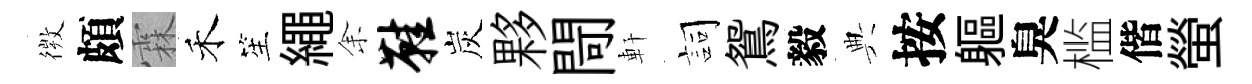
𢕄頗霖禾笙繩𪜬鞋炭夥閜軒詞鴛毅典按軀臭槛偕螢